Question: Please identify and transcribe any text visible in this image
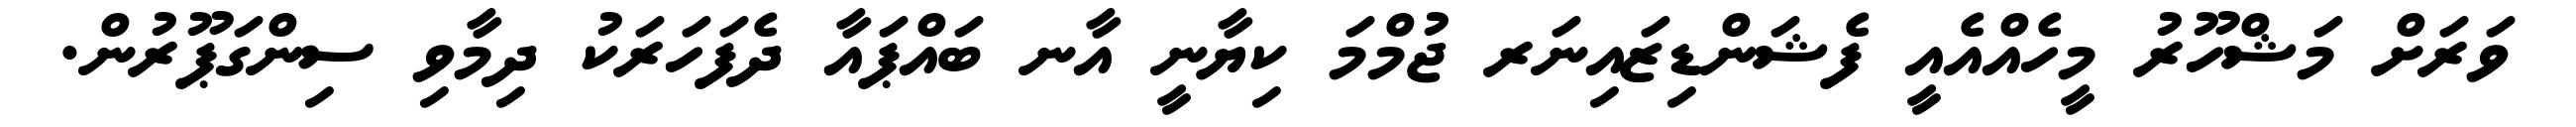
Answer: ވަރަށް މަޝްހޫރު މީހެއްއެއީ ފެޝަންޑިޒައިނަރ ޖުމްމަ ކިޔާނީ އާނ ބައްޕައާ ދެފަހަރަކު ދިމާވި ސިންގަޕޫރުން.